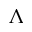
\Lambda